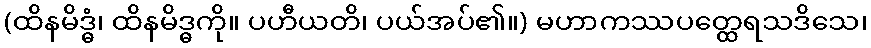
(ထိနမိဒ္ဓံ၊ ထိနမိဒ္ဓကို။ ပဟီယတိ၊ ပယ်အပ်၏။) မဟာကဿပတ္ထေရသဒိသေ၊